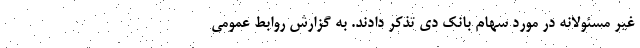
غیر مسئولانه در مورد سهام بانک دی تذکر دادند. به گزارش روابط عمومي